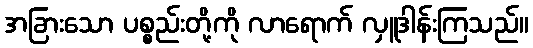
အခြားသော ပစ္စည်းတို့ကို လာရောက် လှူဒါန်းကြသည်။